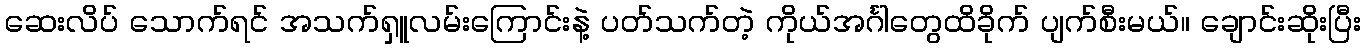
ဆေးလိပ် သောက်ရင် အသက်ရှူလမ်းကြောင်းနဲ့ ပတ်သက်တဲ့ ကိုယ်အင်္ဂါတွေထိခိုက် ပျက်စီးမယ်။ ချောင်းဆိုးပြီး